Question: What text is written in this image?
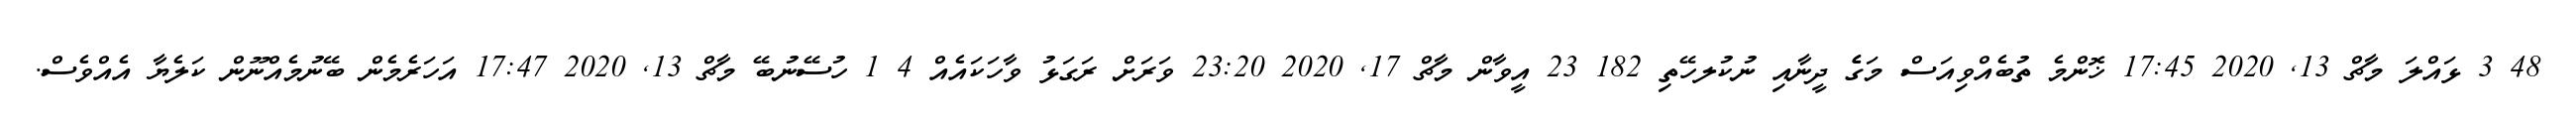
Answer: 48 3 ޅައްލަ މާޗް 13, 2020 17:45 ޚޮންމެ ތުބެއްވިއަސް މަގެެ ދީނާއި ނުކުލހޭތި 182 23 އީވާން މާޗް 17, 2020 23:20 ވަރަށް ރަގަޅު ވާހަކައެއް 4 1 ހުސޭނުބޭ މާޗް 13, 2020 17:47 އަހަރެމެން ބޭނުމެއްނޫން ކަލެޔާ އެއްވެސް.